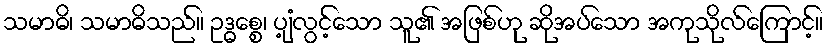
သမာဓိ၊ သမာဓိသည်။ ဥဒ္ဓစ္စေ၊ ပျံ့လွင့်သော သူ၏ အဖြစ်ဟု ဆိုအပ်သော အကုသိုလ်ကြောင့်။